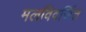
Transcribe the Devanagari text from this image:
मलविवर्जित